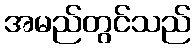
အမည်တွင်သည်